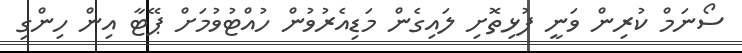
ސޯނަމް ކުރިން ވަނީ ފުޅިތޮށި ލައިގެން މަޑިއެރުވުން ހުއްޓުވުމަށް ޕޭޓާ އިން ހިންގި